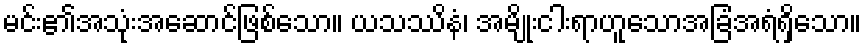
မင်း၏အသုံးအဆောင်ဖြစ်သော။ ယသဿိနံ၊ အမျိုးငါးရာဟူသောအခြံအရံရှိသော။